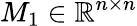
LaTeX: M_{1}\in\mathbb{R}^{n\times n}